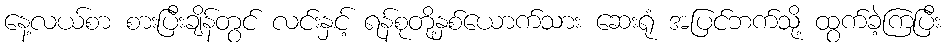
နေ့လယ်စာ စားပြီးချိန်တွင် လင်းနှင့် ရန်စုတို့နှစ်ယောက်သား ဆေးရုံ အပြင်ဘက်သို့ ထွက်ခဲ့ကြပြီး